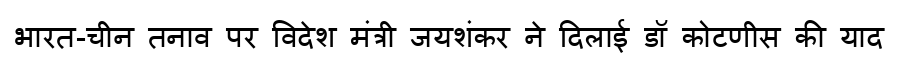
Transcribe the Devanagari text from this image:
भारत-चीन तनाव पर विदेश मंत्री जयशंकर ने दिलाई डॉ कोटणीस की याद